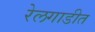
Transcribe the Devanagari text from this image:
रेलगाडीत